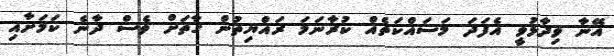
އޭނާ ވިދާޅުވީ އެފަދަ މަސައްކަތެއް ކުރާނަމަ ރައްޔިތުން ގާތަށް ވެސް ދާނެ ކަމަށާއި